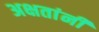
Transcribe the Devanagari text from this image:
अक्षतांनी